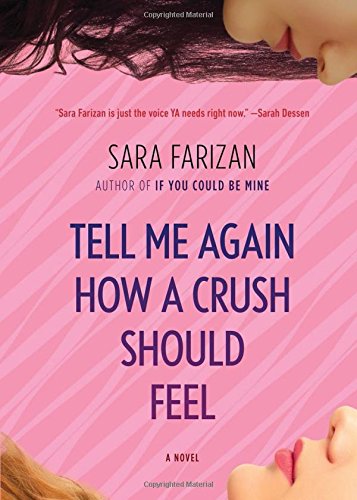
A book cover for Tell Me Again How a Crush Should Feel: A Novel; Sara Farizan; Teen & Young Adult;